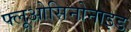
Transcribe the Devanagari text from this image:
फ्लूओसिनोनाइड